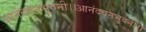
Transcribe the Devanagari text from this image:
आनंदवनभुवनी।।आनंदवनभुवनी।।